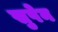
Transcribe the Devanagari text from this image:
सुपेन